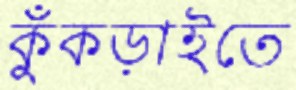
কুঁকড়াইতে